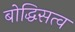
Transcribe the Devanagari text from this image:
बोद्धिसत्व